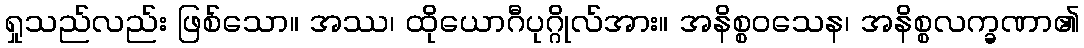
ရှုသည်လည်း ဖြစ်သော။ အဿ၊ ထိုယောဂီပုဂ္ဂိုလ်အား။ အနိစ္စဝသေန၊ အနိစ္စလက္ခဏာ၏